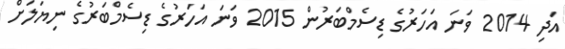
އަދި 2014 ވަަނަ އަހަރުގެ ޑިސެމްބަރުން 2015 ވަނަ އަހަރުގެ ޑިސެމްބަރުގެ ނިޔަލަށް